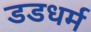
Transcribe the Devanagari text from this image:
डडधर्म